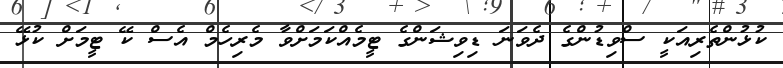
ކުޅުންތެރިއަކީ ސްވިޑުންގެ ދެވަނަ ޑިވިޝަންގެ ޓީމެއްކަމަށްވާ މެރިހެމް އެސް ކޭ ޓީމަށް ކުޅޭ